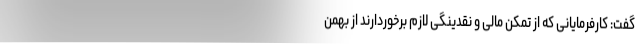
گفت: کارفرمایانی که از تمکن مالی و نقدینگی لازم برخوردارند از بهمن